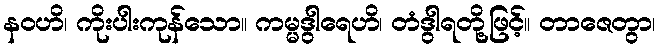
နဝဟိ၊ ကိုးပါးကုန်သော။ ကမ္မဒွါရေဟိ၊ တံဒွါရတို့ဖြင့်။ တာဇေတွာ၊